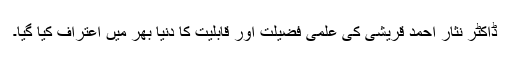
ڈاکٹر نثار احمد قریشی کی علمی فضیلت اور قابلیت کا دنیا بھر میں اعتراف کیا گیا۔